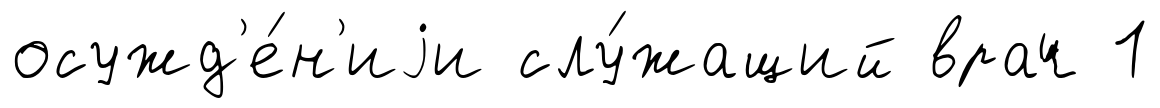
осужд'е́н'иjи слу́жащий врач 1